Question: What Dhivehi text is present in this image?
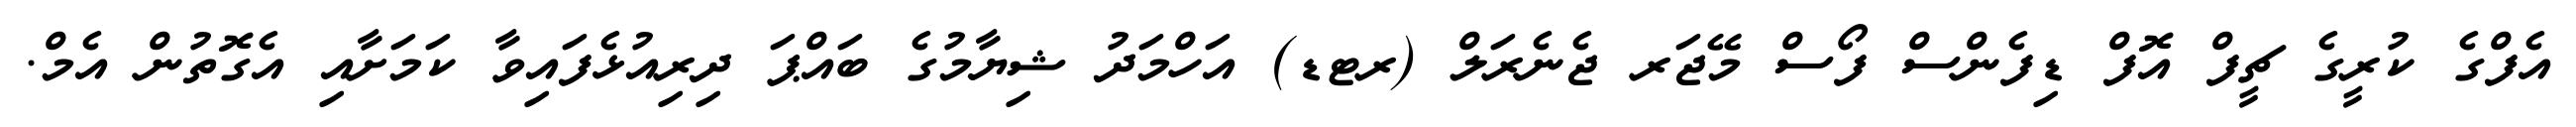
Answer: އެފްގެ ކުރީގެ ޗީފް އޮފް ޑިފެންސް ފޯސް މޭޖަރ ޖެނެރަލް (ރޓޑ) އަހްމަދު ޝިޔާމުގެ ބައްޕަ ދިރިއުޅެފައިވާ ކަމަށާއި އެގޮތުން އެމް.